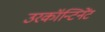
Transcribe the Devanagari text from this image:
उरकॉन्टिनेंट